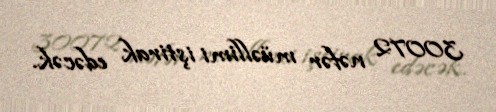
30072 nəfər müəllimi iştirak edəcək.